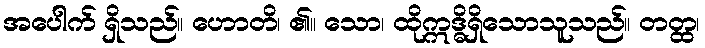
အပေါက် ရှိသည်။ ဟောတိ၊ ၏။ သော၊ ထိုဣဒ္ဓိရှိသောသူသည်။ တတ္ထ၊